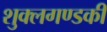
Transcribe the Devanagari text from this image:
शुक्लगण्डकी